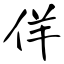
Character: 佯